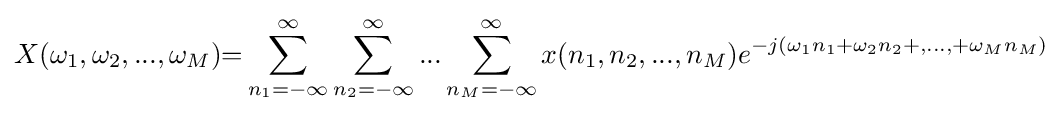
X(\omega _{1},\omega _{2},...,\omega _{M}){=}\sum _{n_{1}=-\infty }^{\infty }\sum _{n_{2}=-\infty }^{\infty }...\sum _{n_{M}=-\infty }^{\infty }x(n_{1},n_{2},...,n_{M})e^{-j(\omega _{1}n_{1}+\omega _{2}n_{2}+,...,+\omega _{M}n_{M})}